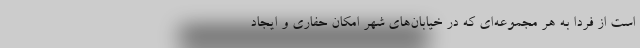
است از فردا به هر مجموعه‌ای که در خیابان‌های شهر امکان حفاری و ایجاد